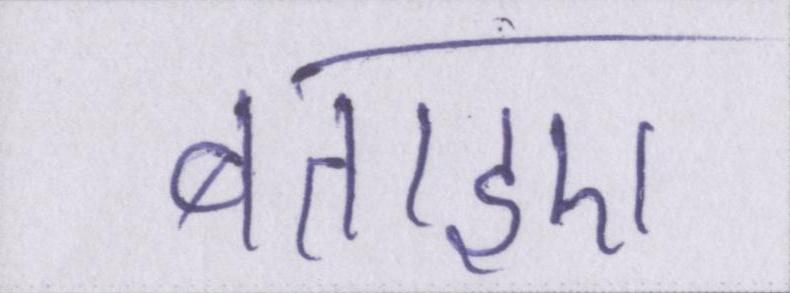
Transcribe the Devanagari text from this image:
बताइए